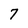
Character: 7